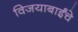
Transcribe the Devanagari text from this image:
विजयाबाईंचे